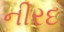
નીરદ